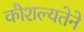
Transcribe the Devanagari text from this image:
कौशल्यतेने